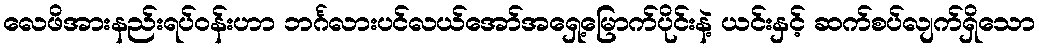
လေဖိအားနည်းရပ်ဝန်းဟာ ဘင်္ဂလားပင်လယ်အော်အရှေ့မြောက်ပိုင်းနဲ့ ယင်းနှင့် ဆက်စပ်လျက်ရှိသော